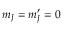
m _ { J } = m _ { J } ^ { \prime } = 0